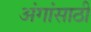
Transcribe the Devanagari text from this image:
अंगांसाठी